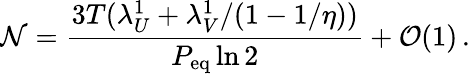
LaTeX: \mathcal{N}=\frac{3T(\lambda_{U}^{1}+\lambda_{V}^{1}/(1-1/\eta))}{P_{\mathrm{eq}}\ln 2}+\mathcal{O}(1)\, .